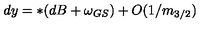
d y = * ( d B + \omega _ { G S } ) + O ( 1 / m _ { 3 / 2 } )